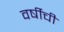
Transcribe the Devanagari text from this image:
वर्षीची